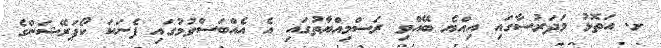
ށ. އަތޮޅު މަދަރުސާގައި އިއްޔެ ބޭއްވި ރަސްމިއްޔާތުގައި އެ އެއްބަސްވުމުގައި ފެނަކަ ކޯޕަރޭޝަންގެ